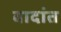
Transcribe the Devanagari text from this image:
वादांत